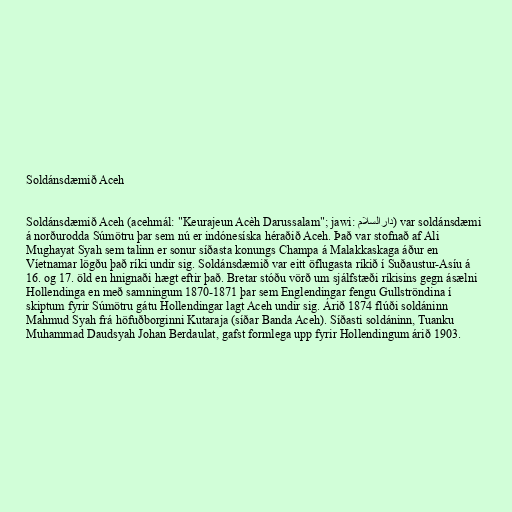
Soldánsdæmið Aceh

Soldánsdæmið Aceh (acehmál: "Keurajeun Acèh Darussalam"; jawi: دارالسلام) var soldánsdæmi
á norðurodda Súmötru þar sem nú er indónesíska héraðið Aceh. Það var stofnað af Ali
Mughayat Syah sem talinn er sonur síðasta konungs Champa á Malakkaskaga áður en
Víetnamar lögðu það ríki undir sig. Soldánsdæmið var eitt öflugasta ríkið í Suðaustur-Asíu á
16. og 17. öld en hnignaði hægt eftir það. Bretar stóðu vörð um sjálfstæði ríkisins gegn ásælni
Hollendinga en með samningum 1870-1871 þar sem Englendingar fengu Gullströndina í
skiptum fyrir Súmötru gátu Hollendingar lagt Aceh undir sig. Árið 1874 flúði soldáninn
Mahmud Syah frá höfuðborginni Kutaraja (síðar Banda Aceh). Síðasti soldáninn, Tuanku
Muhammad Daudsyah Johan Berdaulat, gafst formlega upp fyrir Hollendingum árið 1903.